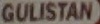
GULISTAN